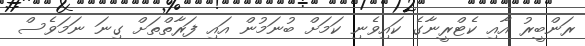
ރަންބީރު އާއި ކެޓްރީނާގެ ކައިވެނި ކަމަށް ބުނަމުން އައި ފަރާތްތަށް ގިނަ ނަމަވެސް